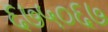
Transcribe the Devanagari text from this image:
६७५०६७